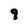
Character: 9